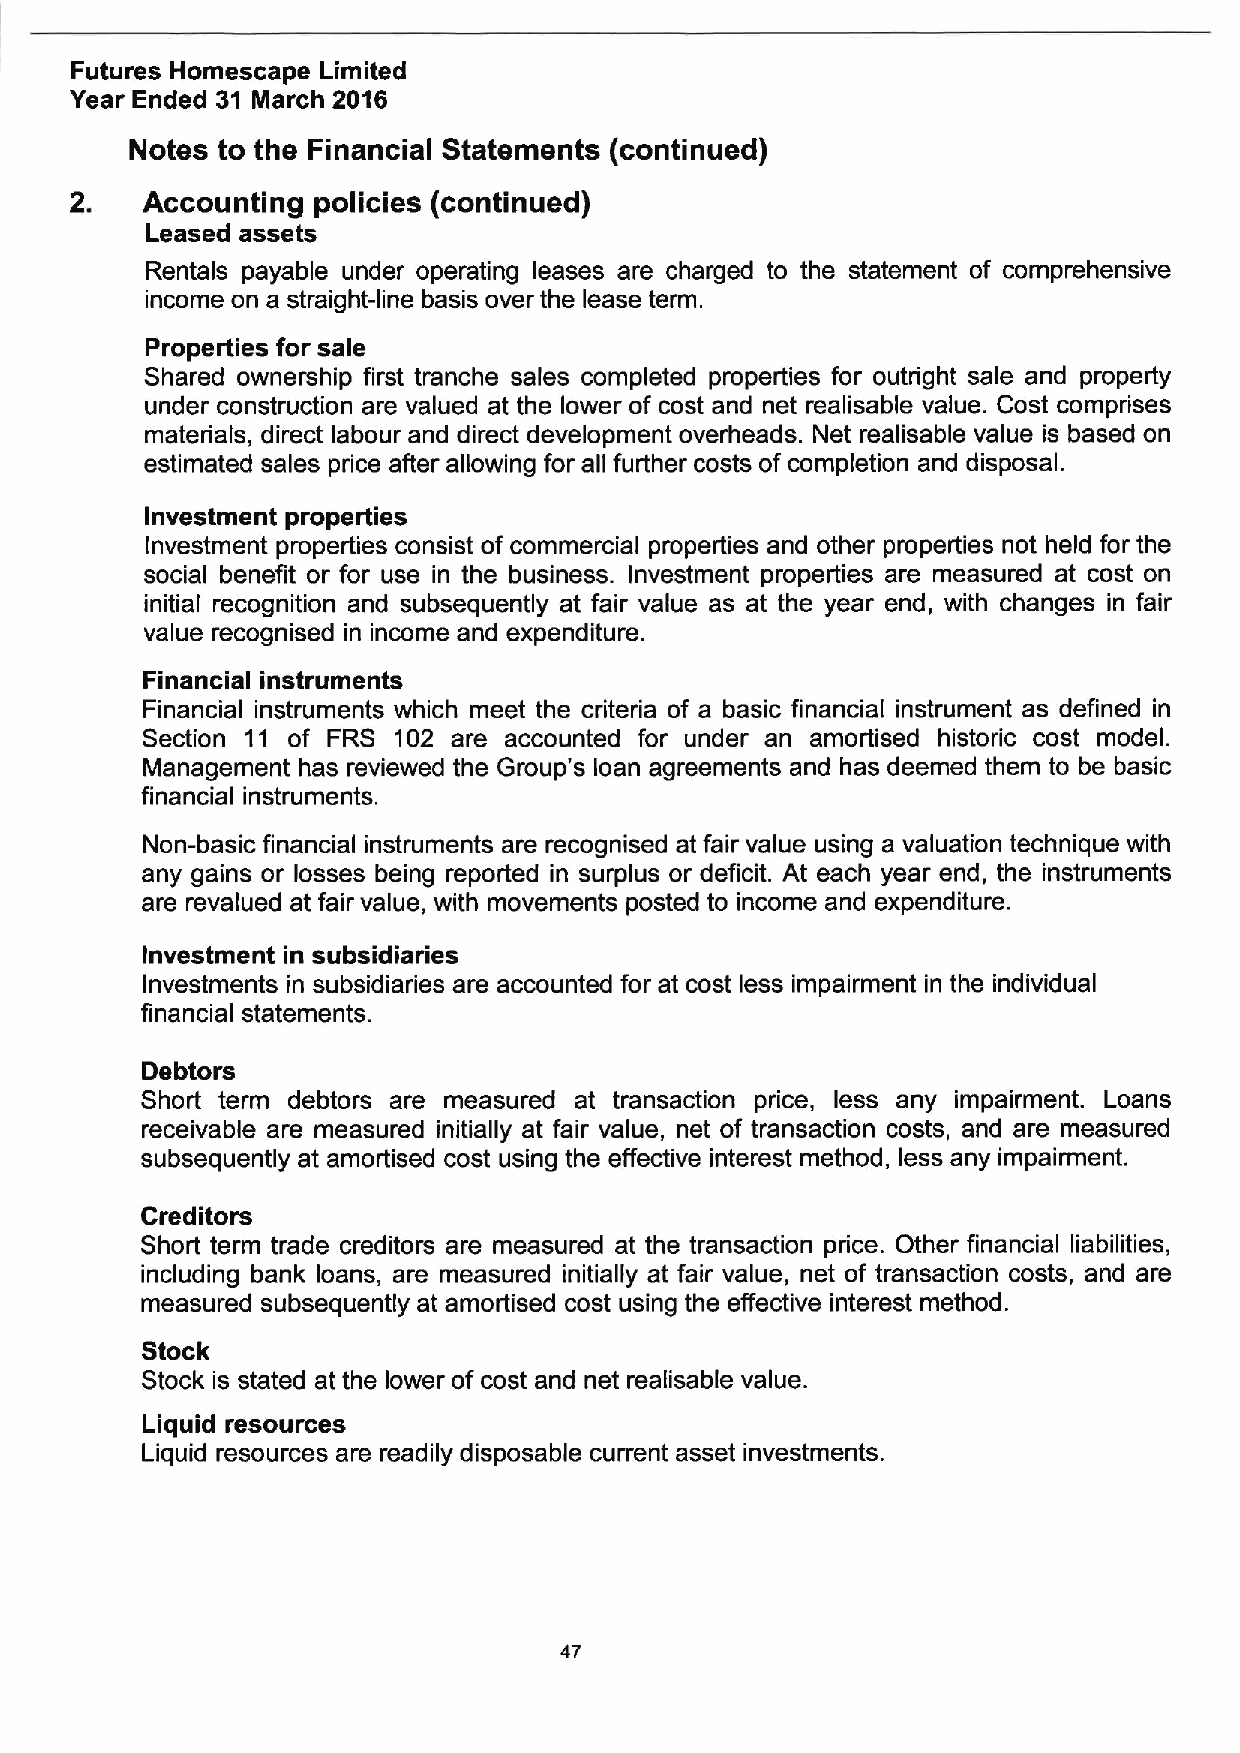
Futures Homescape Limited
 Year Ended 31 March 2016
 Notes to the Financial Statements (continued)
 2.  Accounting  policies (continued)
 Leased assets
 Rentals payable under operating leases are charged to the statement of comprehensive
 income on a straight-line basis over the lease term.
 Properties for sale
 Shared ownership first tranche sales completed properties for outright sale and property
 under construction are valued at the lower of cost and net realisable value. Cost comprises
 materials, direct labour and direct development overheads. Net realisable value is based on
 estimated sales price after allowing for all further costs of completion and disposal.
 Investment properties
 Investment properties consist of commercial properties and other properties not held for the
 social benefit or for use in the business. Investment properties are measured at cost on
 initial recognition and subsequently at fair value as at the year end, with changes in fair
 value recognised in income and expenditure.
 Financial instruments
 Financial instruments which meet the criteria of a basic financial instrument as defined in
 Section 11 of FRS 102 are accounted for under an amortised historic cost model.
 Management has reviewed the Group's loan agreements and has deemed them to be basic
 financial instruments.
 Non-basic financial instruments are recognised at fair value using a valuation technique with
 any gains or losses being reported in surplus or deficit. At each year end, the instruments
 are revalued at fair value, with movements posted to income and expenditure.
 Investment in subsidiaries
 Investments in subsidiaries are accounted for at cost less impairment in the individual
 financial statements.
 Debtors
 Short term debtors are measured at transaction price, less any impairment. Loans
 receivable are measured initially at fair value, net of transaction costs, and are measured
 subsequently at amortised cost using the effective interest method, less any impairment.
 Creditors
 Short term trade creditors are measured at the transaction price. Other financial liabilities,
 including bank loans, are measured initially at fair value, net of transaction costs, and are
 measured subsequently at amoitised cost using the effective interest method.
 Stock
 Stock is stated at the lower of cost and net realisable value.
 Liquid resources
 Liquid resources are readily disposable current asset investments.
 47